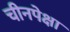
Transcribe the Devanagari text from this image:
चीनपेक्षा